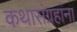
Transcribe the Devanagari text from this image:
कथासंग्रहांना